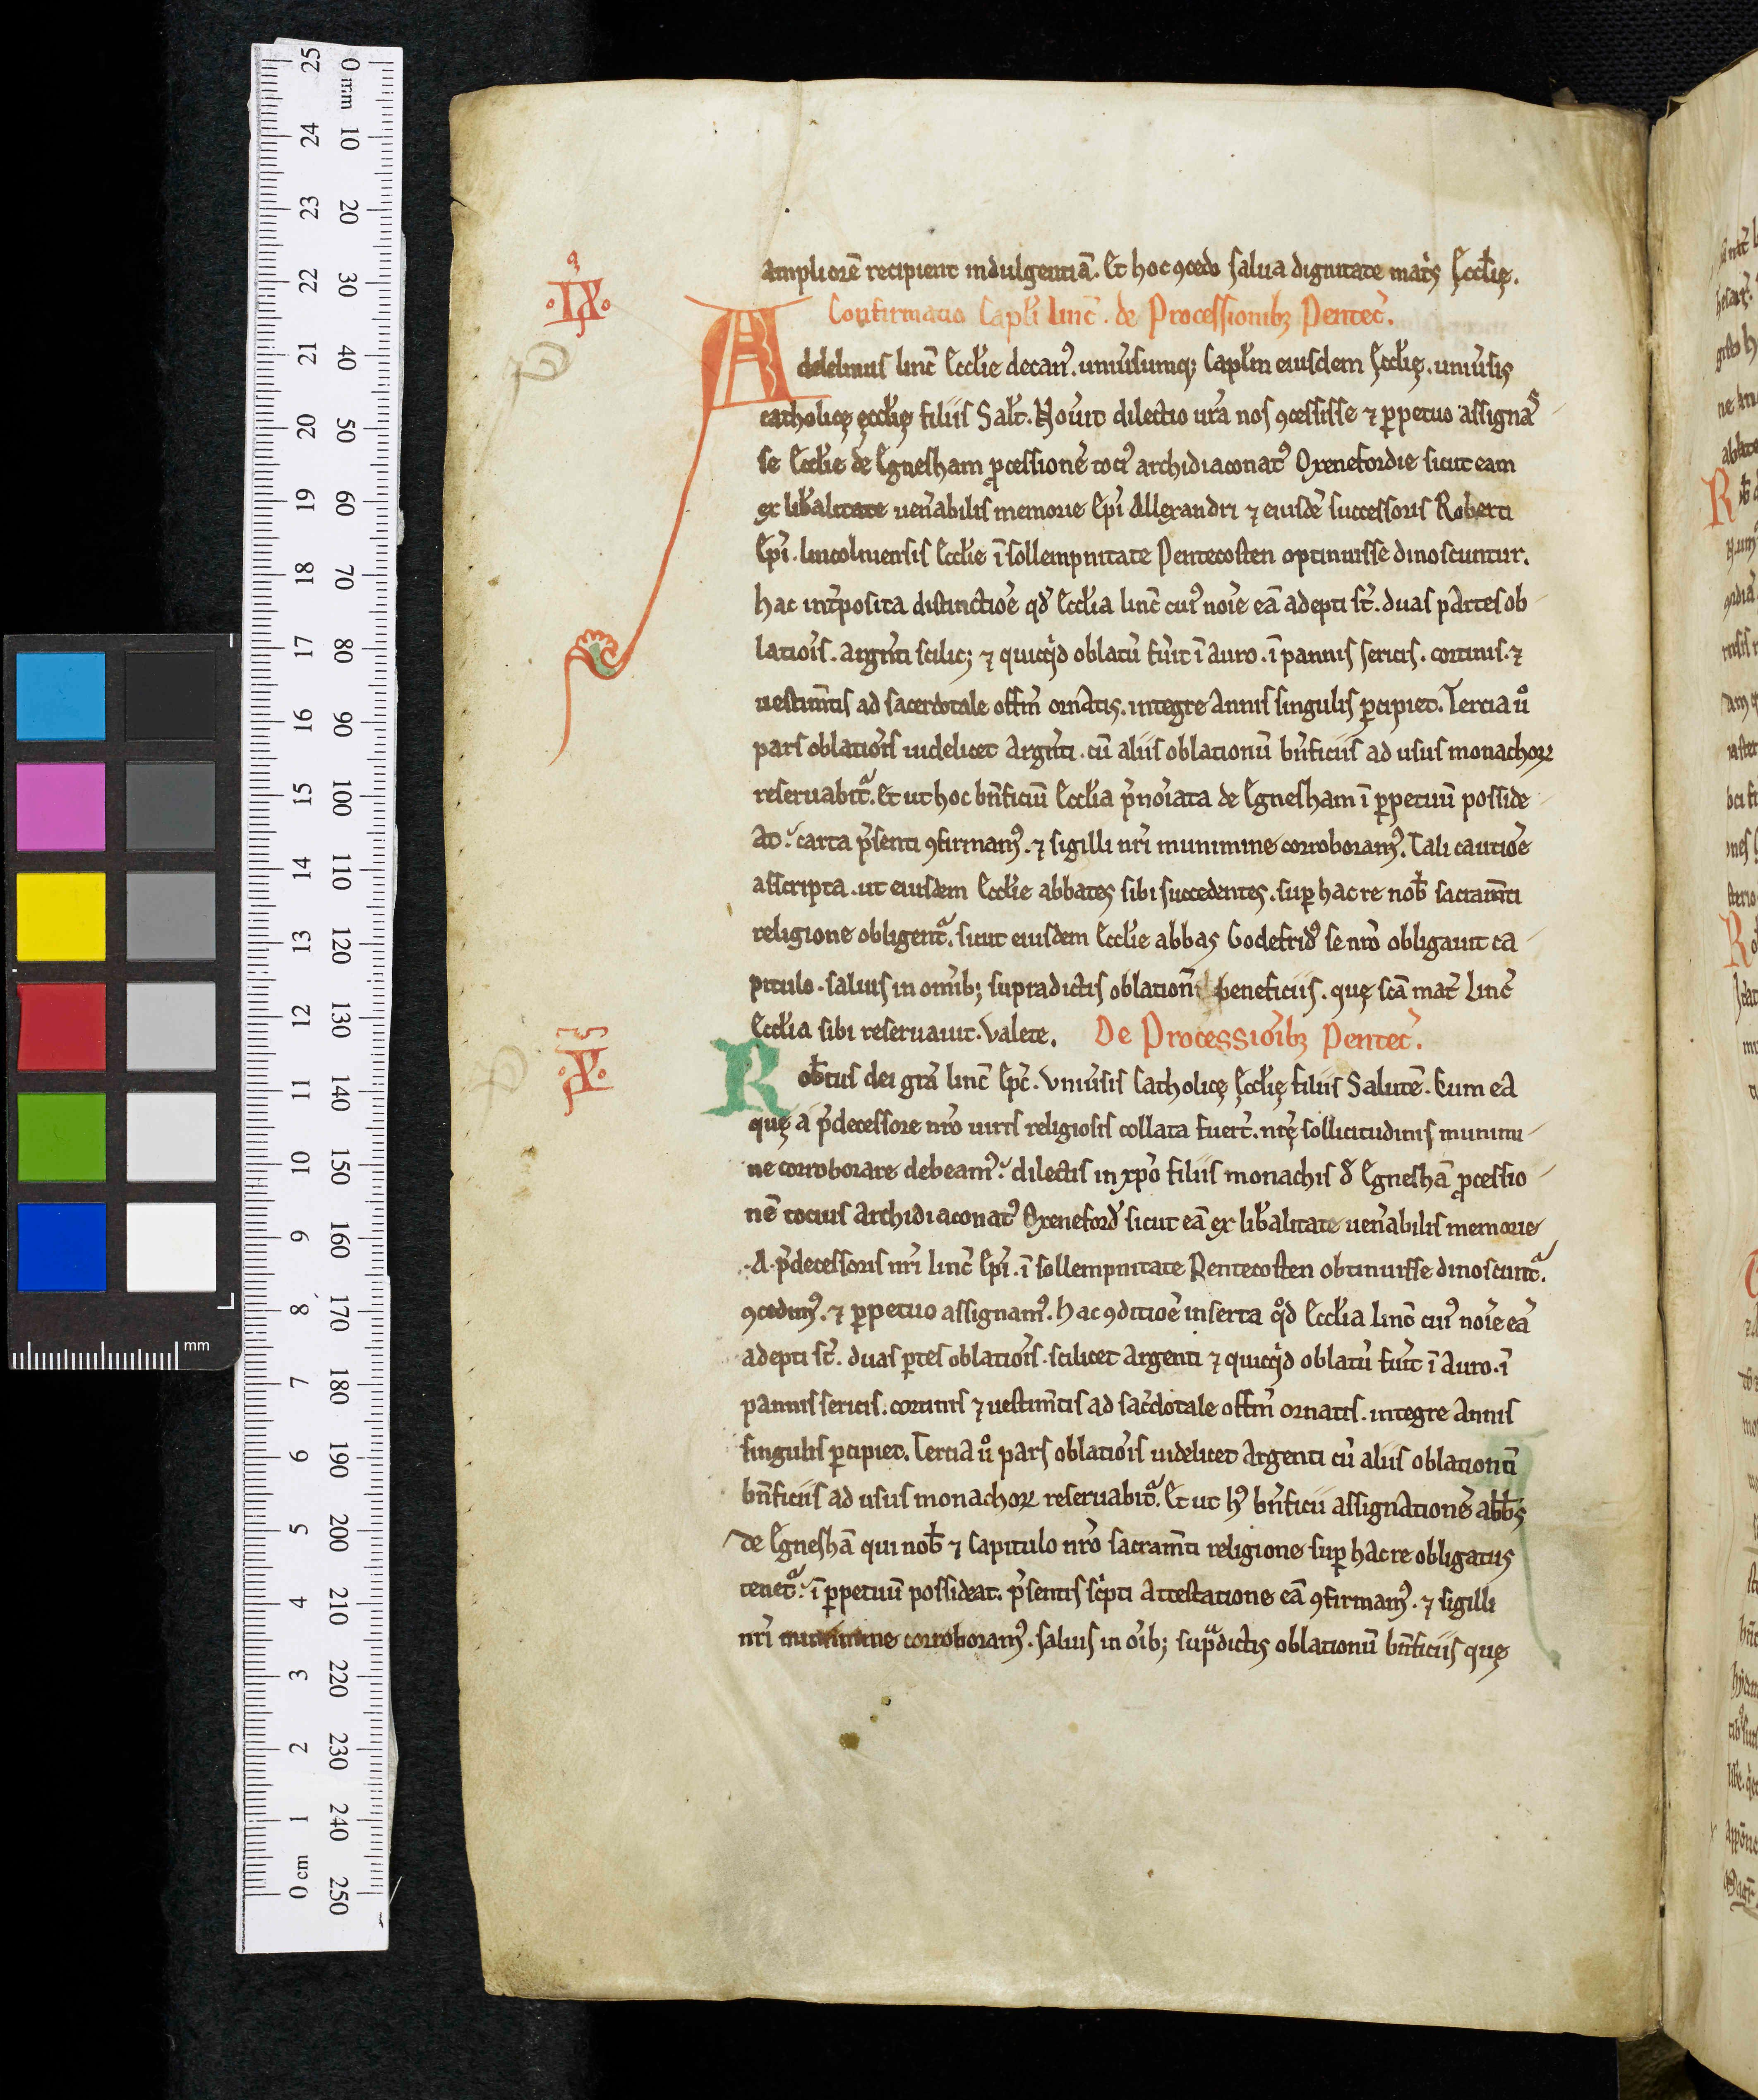
Shelfmark: Oxford, Christ Church Library, 341
Century: 12